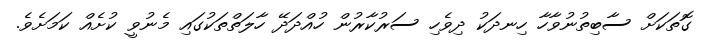
ގޮތަކަށް ސާބިތުނުވާހާ ހިނދަކު ދިވެހި ސަރުކާރުން ހުއްދަދޭ ހާލަތްތަކުގައި މެނުވީ ކުށެއް ކަމަށެވެ.